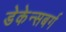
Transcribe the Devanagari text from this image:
डेकेन्सबर्ग